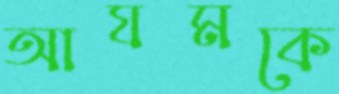
আযমকে